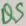
Text: Q9